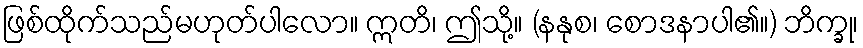
ဖြစ်ထိုက်သည်မဟုတ်ပါလော။ ဣတိ၊ ဤသို့။ (နနုစ၊ စောဒနာပါ၏။) ဘိက္ခု၊